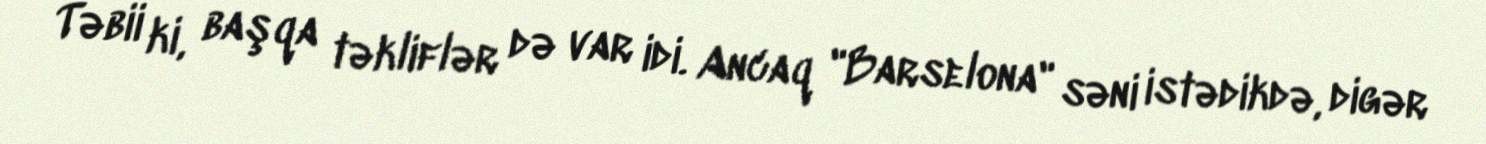
Təbii ki, başqa təkliflər də var idi. Ancaq "Barselona" səni istədikdə, digər